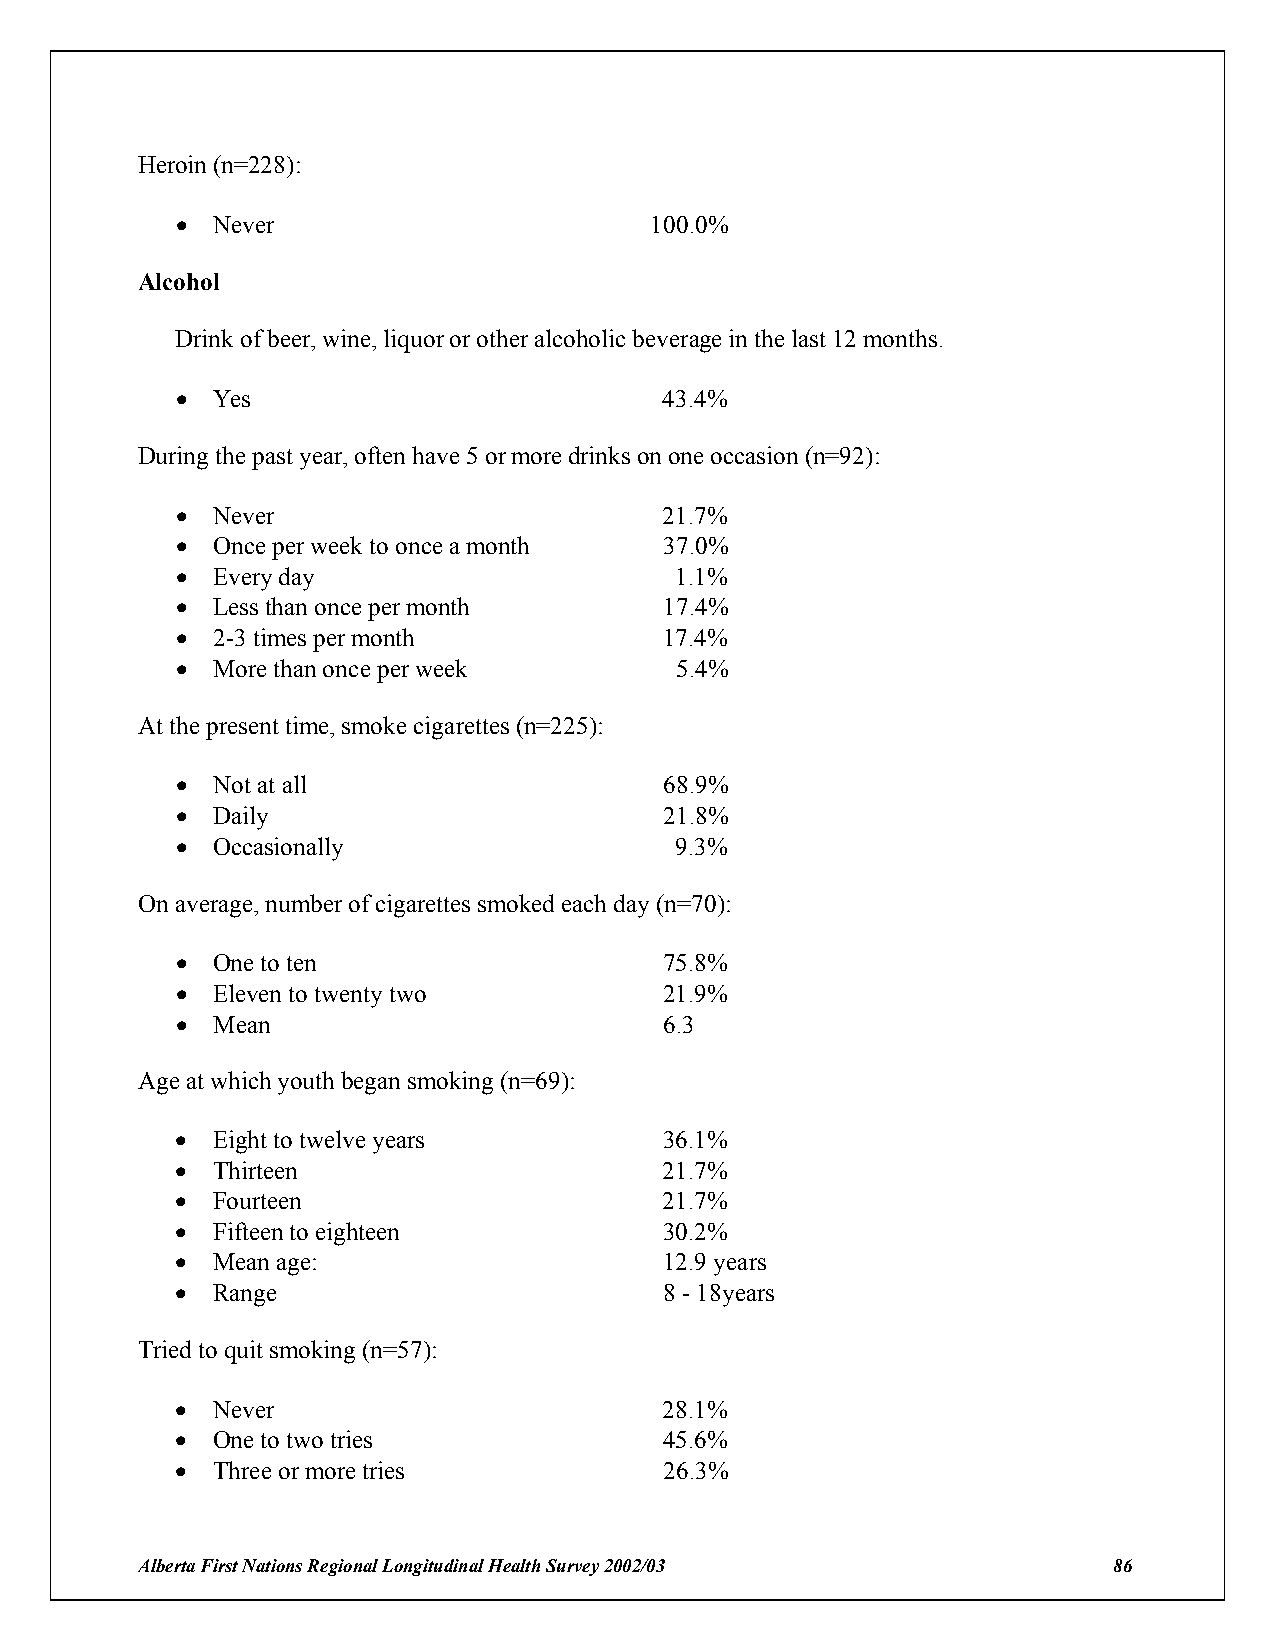
Heroin (n=228):
 ! Never                        100.0%
 Alcohol
 Drink of beer, wine, liquor or other alcoholic beverage in the last 12 months.
 ! Yes                           43.4%
 During the past year, often have 5 or more drinks on one occasion (n=92):
 ! Never                         21.7%
 ! Once per week to once a month 37.0%
 ! Every day                      1.1%
 ! Less than once per month      17.4%
 ! 2-3 times per month           17.4%
 ! More than once per week        5.4%
 At the present time, smoke cigarettes (n=225):
 ! Not at all                    68.9%
 ! Daily                         21.8%
 ! Occasionally                   9.3%
 On average, number of cigarettes smoked each day (n=70):
 ! One to ten                    75.8%
 ! Eleven to twenty two          21.9%
 ! Mean                          6.3
 Age at which youth began smoking (n=69):
 ! Eight to twelve years         36.1%
 ! Thirteen                      21.7%
 ! Fourteen                      21.7%
 ! Fifteen to eighteen           30.2%
 ! Mean age:                     12.9 years
 ! Range                         8 - 18years
 Tried to quit smoking (n=57):
 ! Never                         28.1%
 ! One to two tries              45.6%
 ! Three or more tries           26.3%
 Alberta First Nations Regional Longitudinal Health Survey 2002/03 86